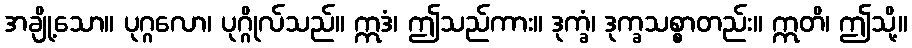
အချို့သော။ ပုဂ္ဂလော၊ ပုဂ္ဂိုလ်သည်။ ဣဒံ၊ ဤသည်ကား။ ဒုက္ခံ၊ ဒုက္ခသစ္စာတည်း။ ဣတိ၊ ဤသို့။